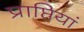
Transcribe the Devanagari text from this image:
प्राप्तियां